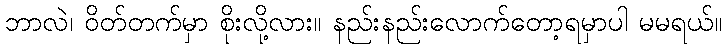
ဘာလဲ၊ ဝိတ်တက်မှာ စိုးလို့လား။ နည်းနည်းလောက်တော့ရမှာပါ မမရယ်။